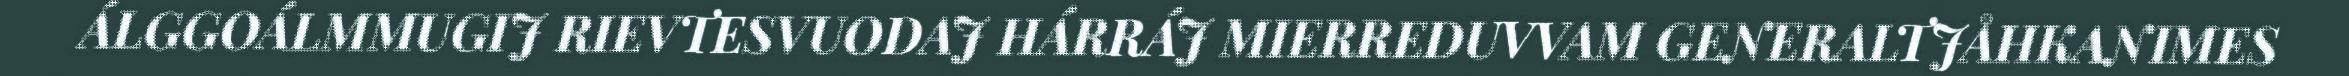
ÁLGGOÁLMMUGIJ RIEVTESVUODAJ HÁRRÁJ MIERREDUVVAM GENERALTJÅHKANIMES